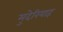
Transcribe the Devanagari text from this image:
मुदेरियाह